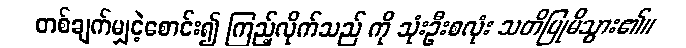
တစ်ချက်မျှငဲ့စောင်း၍ ကြည့်လိုက်သည် ကို သုံးဦးစလုံး သတိပြုမိသွား၏။